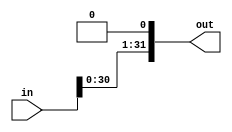
`timescale 1ns / 1ps
//////////////////////////////////////////////////////////////////////////////////
// Company: 
// Engineer: 
// 
// Design Name: 
// Module Name: shift_register
// Project Name: 
// Target Devices: 
// Tool Versions: 
// Description: 
// 
// Dependencies: 
// 
// Revision:
// Revision 0.01 - File Created
// Additional Comments:
// 
//////////////////////////////////////////////////////////////////////////////////


module shift_lefter(input [31:0] in, output [31:0] out);
assign out = {in[30:0], 1'b0};

endmodule